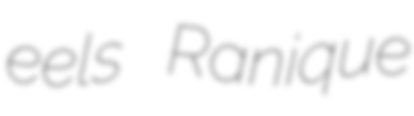
eels Ranique